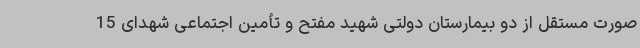
صورت مستقل از دو بیمارستان دولتی شهید مفتح و تأمین اجتماعی شهدای 15